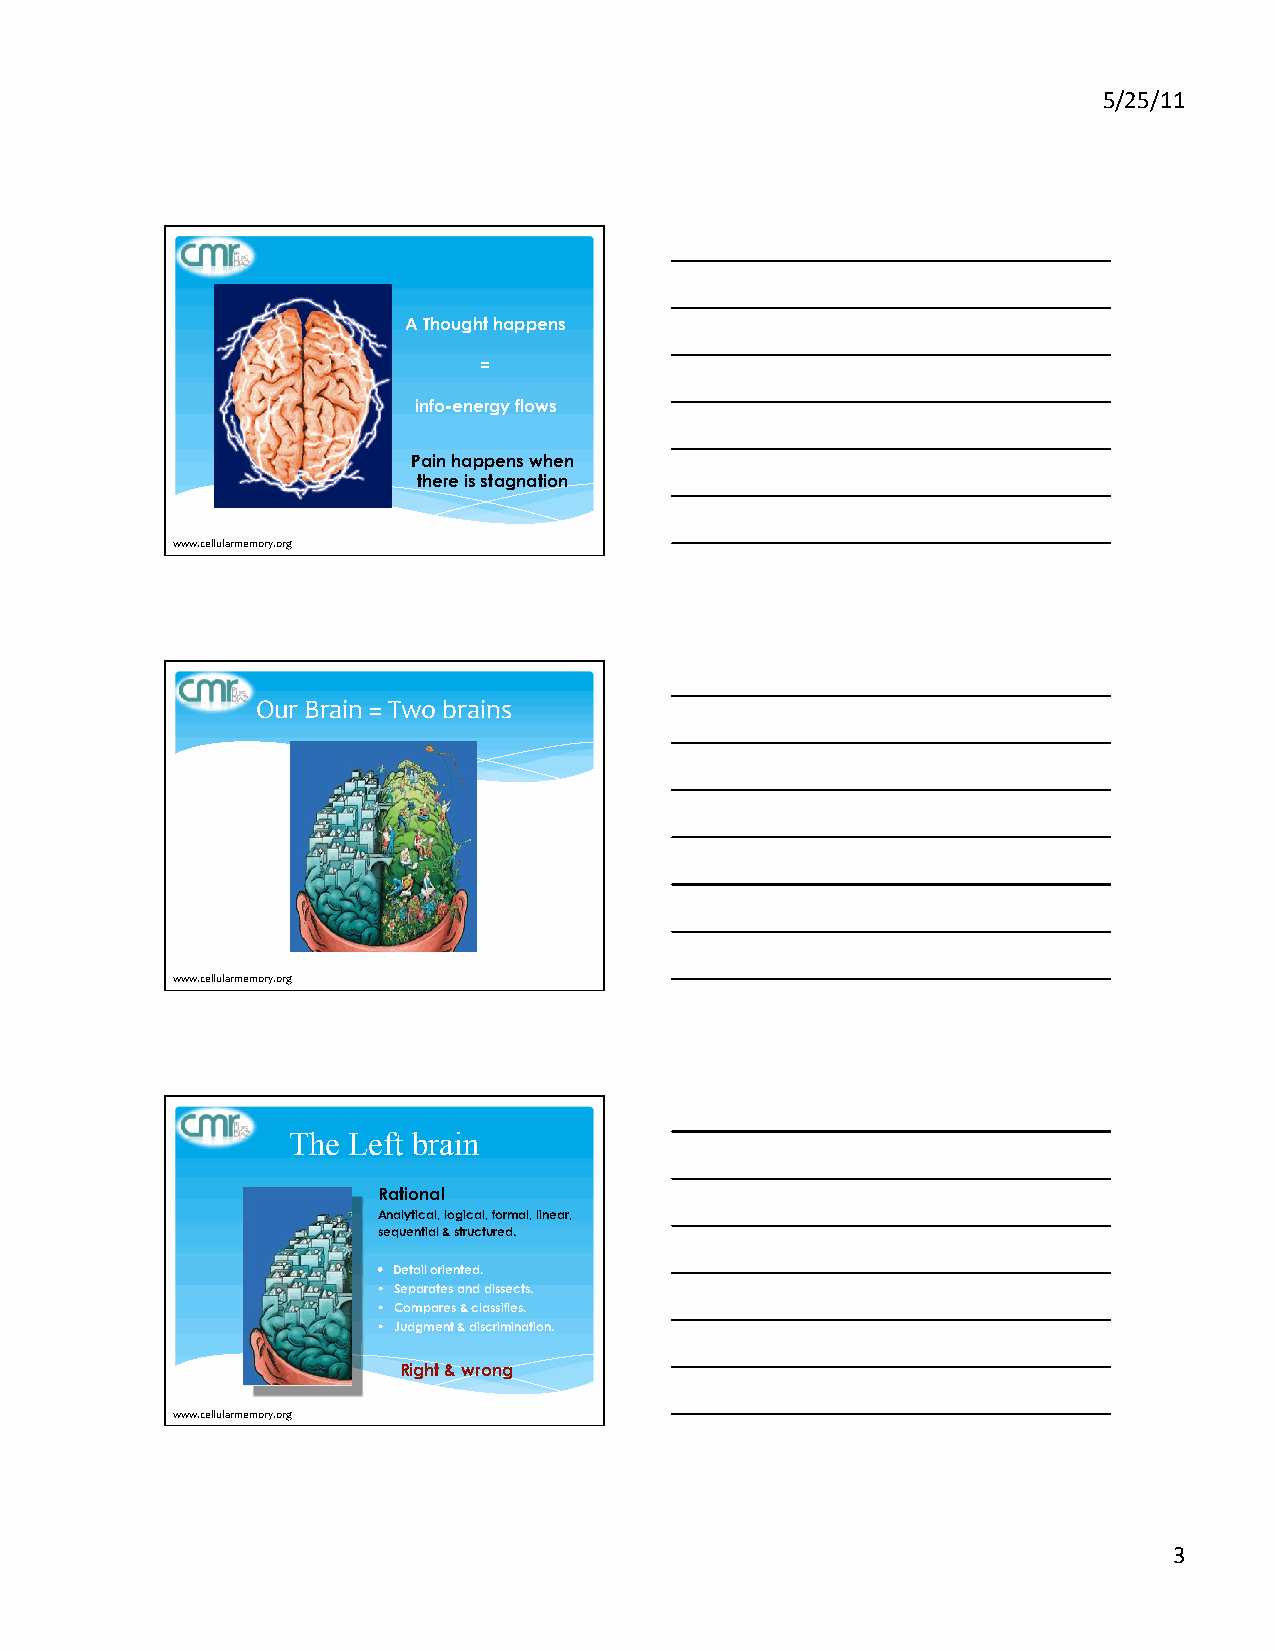
5/25/11
 A Thought happens
 =
 info-energy flows
 Pain happens when
 there is stagnation
 www.cellularmemory.org
 Our Brain = Two brains
 www.cellularmemory.org
 The Left brain
 Rational
 Analytical, logical, formal, linear,
 sequential & structured.
  Detail oriented.
  Separates and dissects.
  Compares & classifies.
  Judgment & discrimination.
 Right & wrong
 www.cellularmemory.org
 3